Report of the Imperial Institute of Veterinary Research, Muktesar
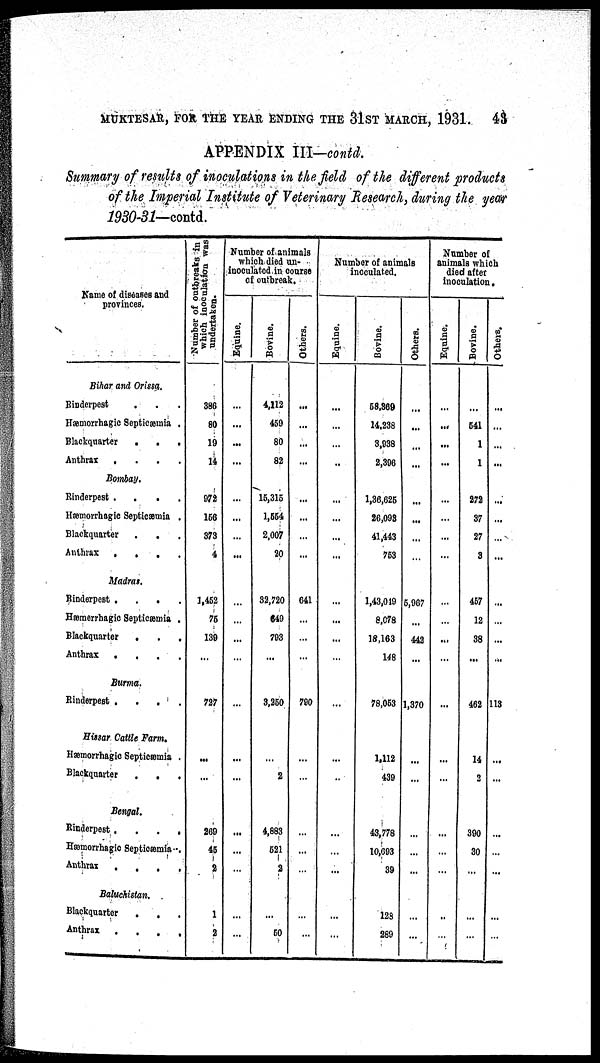
MUKTESAR, FOR THE YEAR ENDING THE 31ST MARCH, 1931.
43
APPENDIX III—contd.
Summary of results of inoculations in the field of the different products
of the Imperial Institute of Veterinary Research, during the year
1930-31—contd.
Name of diseases and
provinces.
Bihar and Orissa.
Rinderpest
Hæmorrhagic Septicæmia .
Blackquarter
.
.
.
Anthrax
....
Bombay.
Rinderpest
....
Hæmorrhagic Septicæmia .
Blackquarter
.
.
Anthrax
....
Madras.
Rinderpest
....
Hæmorrhagic Septicæmia .
Blackquarter
.
.
.
Anthrax
....
Burma.
Rinderpest
....
Hissar Cattle Farm.
Hæmorrhagic Septicæmia .
Blackquarter
.
.
.
Bengal.
Rinderpest
....
Hæmorrhagic Septicæmia .
Anthrax
.
.
.
.
Baluchistan.
Blackquarter
.
.
Anthrax
....
Number of outbreaks in
which inoculation was
undertaken.
386
80
19
14
972
156
373
4
1,452
75
139
...
727
...
...
269
45
2
1
2
Number of animals
which died un¬
inoculatod in course
of outbreak.
Equine.
...
...
...
...
...
...
...
...
...
...
...
...
...
...
...
...
...
...
Bovine.
4,112
459
80
82
15,315
1,554
2,007
20
32,720
649
793
...
3,250
2
4,883
521
2
...
50
Others.
...
...
...
...
...
...
...
...
641
...
...
...
790
...
Number of animals
inoculated.
Equine.
...
...
...
...
...
...
...
...
...
...
...
...
...
...
...
...
...
Bovine.
58,369
14,238
3,938
2,396
1,36,625
26,093
41,443
753
1,43,019
8,078
18,163
148
78,053
1,112
439
43,778
10,693
39
128
289
Others.
...
...
...
...
...
...
...
...
5,967
...
442
...
1,370
...
...
...
...
...
...
...
Number of
animals which
died after
inoculation.
Equine.
...
...
...
...
...
...
...
...
....
...
...
...
...
...
...
...
...
...
...
Bovine.
...
541
1
1
272
37
27
3
457
12
38
...
462
14
2
390
30
...
...
...
Others.
...
...
...
...
...
...
...
...
...
...
...
...
113
...
...
...
...
...
...